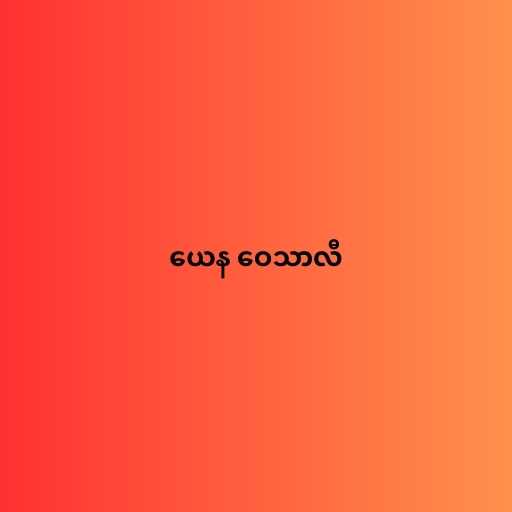
ယေန ဝေသာလီ